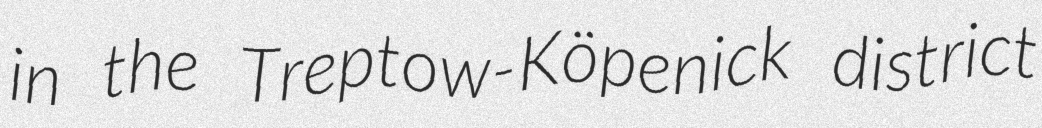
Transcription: in the Treptow-Köpenick district